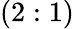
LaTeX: (2:1)